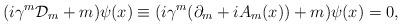
LaTeX: \begin{align*}(i\gamma^{m}{\cal D}_{m}+m)\psi(x)\equiv(i\gamma^{m}(\partial_{m}+iA_{m}(x))+m)\psi(x)=0,\end{align*}